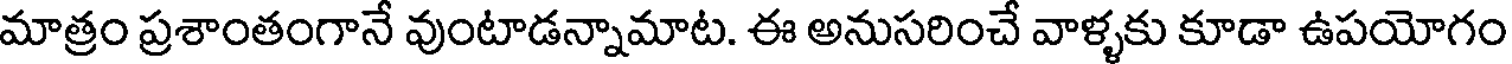
మాత్రం ప్రశాంతంగానే వుంటాడన్నామాట. ఈ అనుసరించే వాళ్ళకు కూడా ఉపయోగం